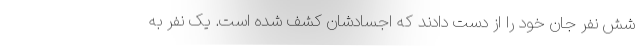
شش نفر جان خود را از دست دادند که اجسادشان کشف شده است. یک نفر به